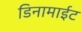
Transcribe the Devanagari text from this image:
डिनामाईट